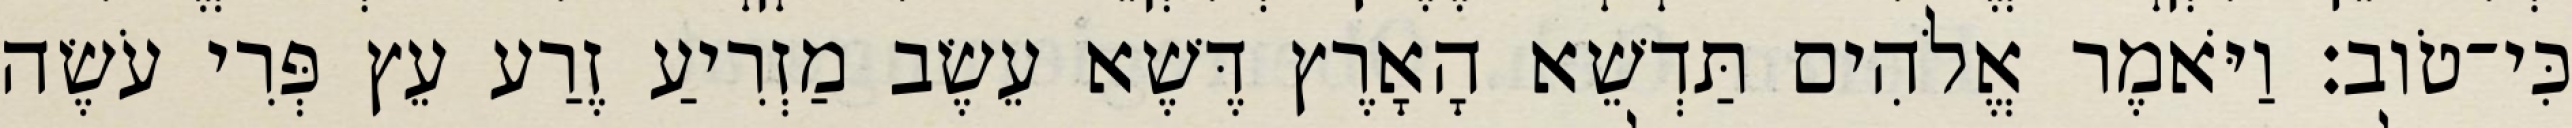
כִּי־טֹוב׃ וַיֹּאמֶר אֱלֹהִים תַּדְשֵׁא הָאָרֶץ דֶּשֶׁא עֵשֶׂב מַזְרִיעַ זֶרַע עֵץ פְּרִי עֹשֶׂה